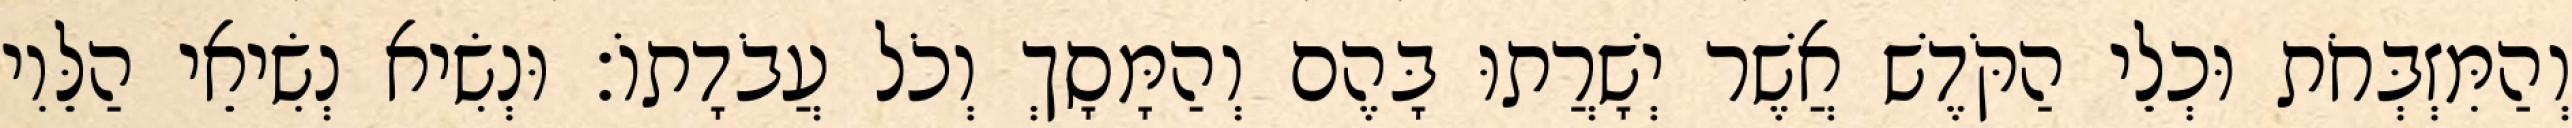
וְהַמִּזְבְּחֹת וּכְלֵי הַקֹּדֶשׁ אֲשֶׁר יְשָׁרֲתוּ בָּהֶם וְהַמָּסָךְ וְכֹל עֲבֹדָתוֹ׃ וּנְשִׂיא נְשִׂיאֵי הַלֵּוִי